Proceedings of the meeting of veterinary officers in India
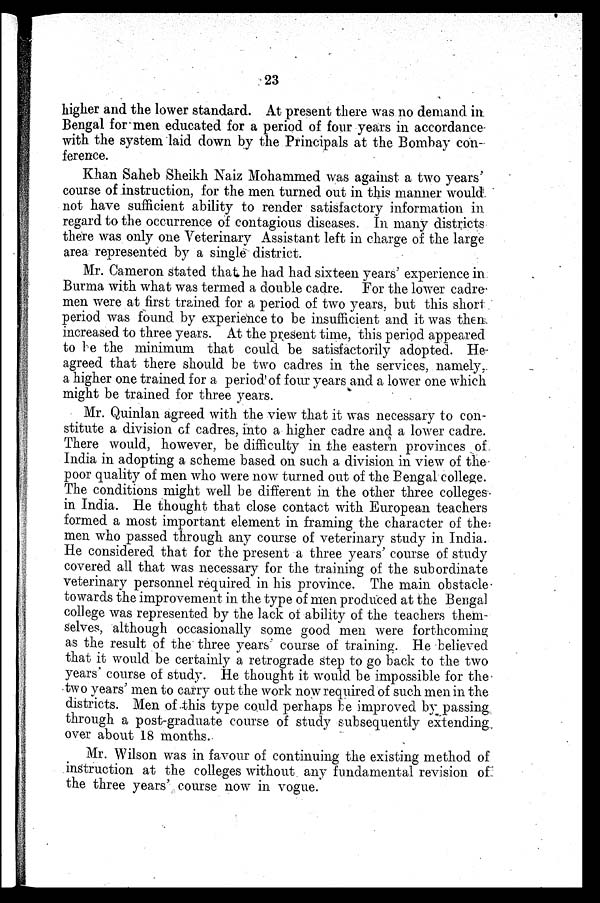
23
higher and the lower standard. At present there was no demand in
Bengal for men educated for a period of four years in accordance
with the system laid down by the Principals at the Bombay con-
ference.
Khan Saheb Sheikh Naiz Mohammed was against a two years'
course of instruction, for the men turned out in this manner would
not have sufficient ability to render satisfactory information in
regard to the occurrence of contagious diseases. In many districts
there was only one Veterinary Assistant left in charge of the large
area represented by a single district.
Mr. Cameron stated that he had had sixteen years' experience in
Burma with what was termed a double cadre. For the lower cadre
men were at first trained for a period of two years, but this short
period was found by experience to be insufficient and it was then
increased to three years. At the present time, this period appeared
to he the minimum that could be satisfactorily adopted. He
agreed that there should be two cadres in the services, namely,
a higher one trained for a period of four years and a lower one which
might be trained for three years.
Mr. Quinlan agreed with the view that it was necessary to con-
stitute a division of cadres, into a higher cadre and a lower cadre.
There would, however, be difficulty in the eastern provinces of
India in adopting a scheme based on such a division in view of the
poor quality of men who were now turned out of the Bengal college.
The conditions might well be different in the other three colleges
in India. He thought that close contact with European teachers
formed a most important element in framing the character of the
men who passed through any course of veterinary study in India.
He considered that for the present a three years' course of study
covered all that was necessary for the training of the subordinate
veterinary personnel required in his province. The main obstacle
towards the improvement in the type of men produced at the Bengal
college was represented by the lack of ability of the teachers them-
selves, although occasionally some good men were forthcoming
as the result of the three years' course of training. He believed
that it would be certainly a retrograde step to go back to the two
years' course of study. He thought it would be impossible for the
two years' men to carry out the work now required of such men in the
districts. Men of this type could perhaps he improved by passing
through a post-graduate course of study subsequently extending
over about 18 months.
Mr. Wilson was in favour of continuing the existing method of
instruction at the colleges without any fundamental revision of
the three years' course now in vogue.